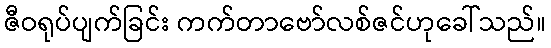
ဇီဝရုပ်ပျက်ခြင်း ကက်တာဗော်လစ်ဇင်ဟုခေါ်သည်။